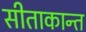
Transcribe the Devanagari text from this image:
सीताकान्त